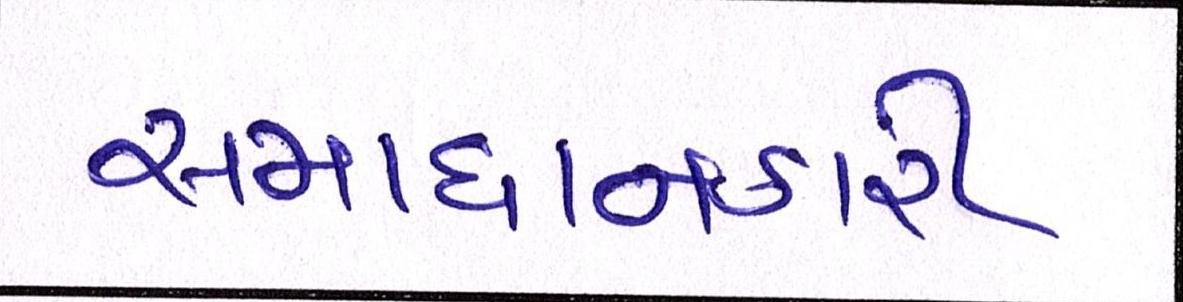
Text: સમાધાનકારી